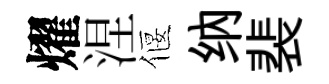
燿涅偃纳裴